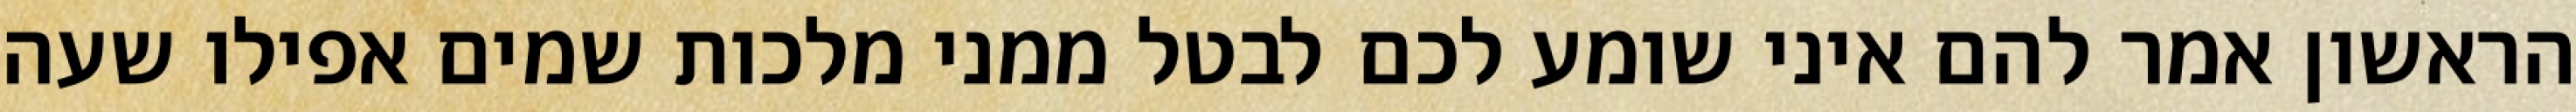
הראשון אמר להם איני שומע לכם לבטל ממני מלכות שמים אפילו שעה